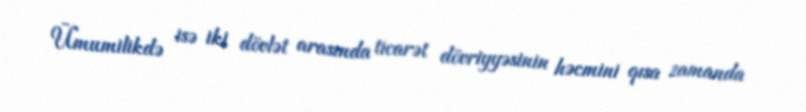
Ümumilikdə isə iki dövlət arasında ticarət dövriyyəsinin həcmini qısa zamanda